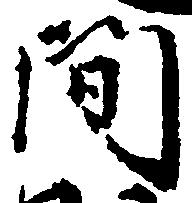
間